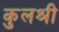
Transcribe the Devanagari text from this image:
कुलश्री